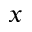
x